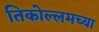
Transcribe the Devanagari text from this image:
तिकोल्लमच्या